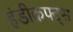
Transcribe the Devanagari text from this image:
हंडीक्रफ्ट्स